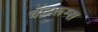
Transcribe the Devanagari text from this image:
चॅटरूम्स